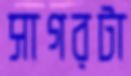
সাগরটা